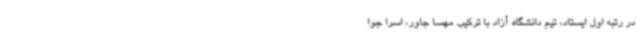
در رتبه اول ایستاد، تیم دانشگاه آزاد با ترکیب مهسا جاور، اسرا جوا